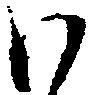
ハ